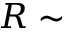
R \sim